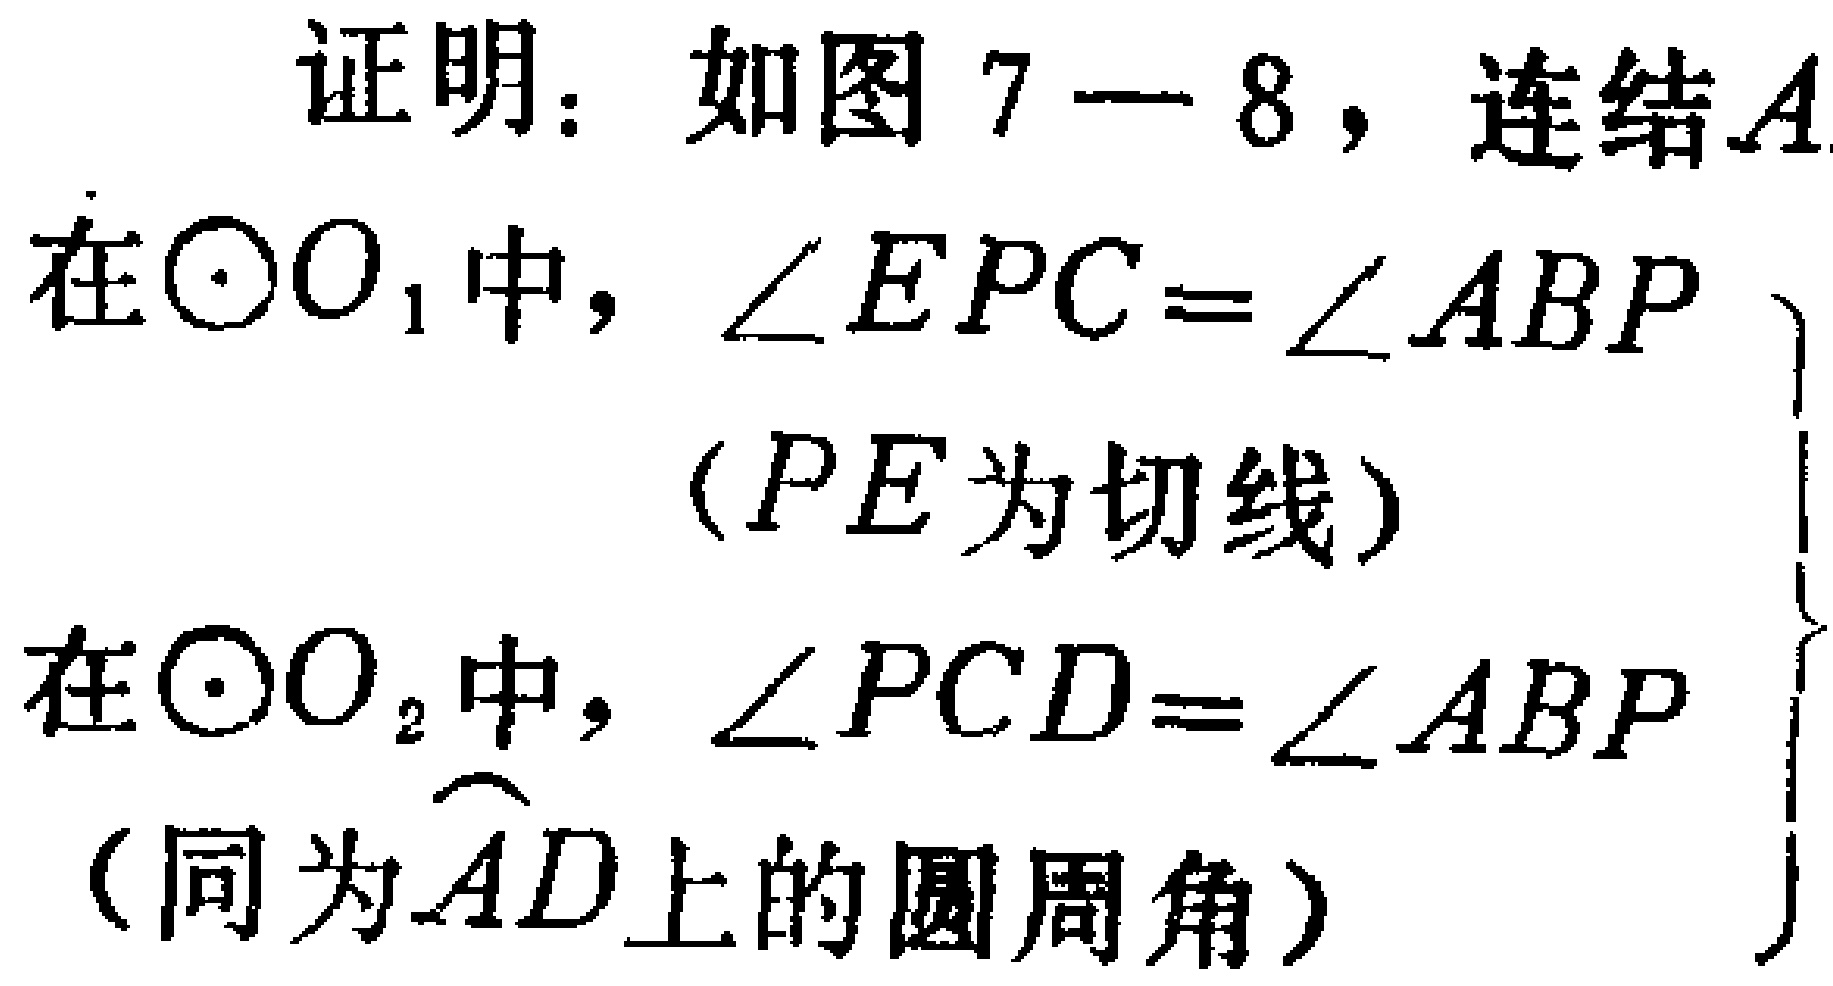
证明：如图7—8，连结\(A\)

在\(\odot O_{1}\)中，\(\angle EPC = \angle ABP\)

（\(PE\)为切线）

在\(\odot O_{2}\)中，\(\angle PCD = \angle ABP\)

（同为\(\overset{\frown}{AD}\)上的圆周角）